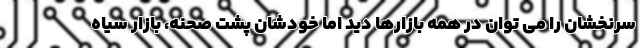
سرنخشان را می توان در همه بازارها دید اما خودشان پشت صحنه، بازار سیاه